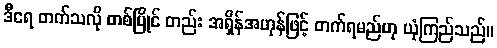
ဒီရေ တက်သလို တစ်ပြိုင် တည်း အရှိန်အဟုန်ဖြင့် တက်ရမည်ဟု ယုံကြည်သည်။